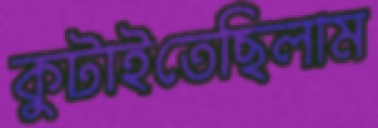
কুটাইতেছিলাম